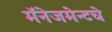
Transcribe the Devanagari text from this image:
मॅनेजमेन्टचे